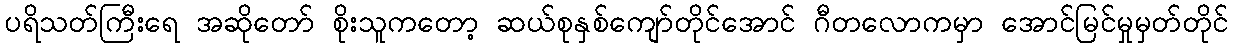
ပရိသတ်ကြီးရေ အဆိုတော် စိုးသူကတော့ ဆယ်စုနှစ်ကျော်တိုင်အောင် ဂီတလောကမှာ အောင်မြင်မှုမှတ်တိုင်